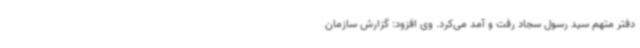
دفتر متهم سید رسول سجاد رفت و آمد می‌کرد. وی افزود: گزارش سازمان